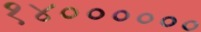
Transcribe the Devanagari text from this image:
१४००००००